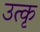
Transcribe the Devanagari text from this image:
उत्कृ